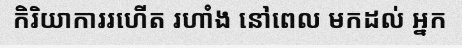
កិរិយាការរហើត រហាំង នៅពេល មកដល់ អ្នក